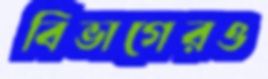
বিভাগেরও